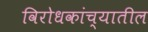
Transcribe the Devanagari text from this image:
विरोधकांच्यातील